Scottish Leaving Certificate Examination, 1952
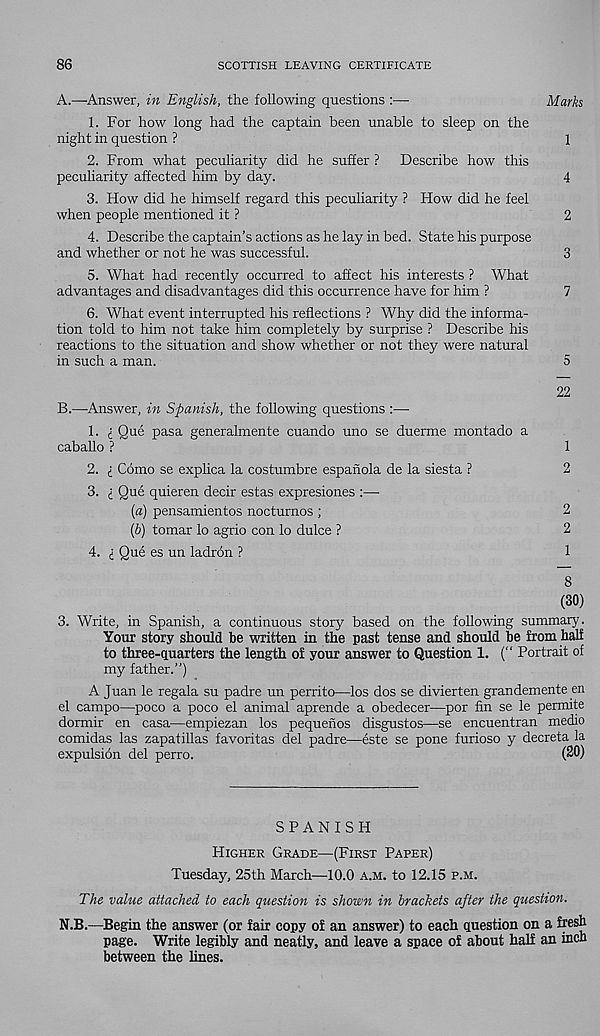
86
SCOTTISH LEAVING CERTIFICATE
A.—Answer, in English, the following questions :—
Marh
1. For how long had the captain been unable to sleep on the
night in question ?
1
2. From what peculiarity did he suffer ? Describe how this
peculiarity affected him by day.
4
3. How did he himself regard this peculiarity ? How did he feel
when people mentioned it ?
2
4. Describe the captain’s actions as he lay in bed. State his purpose
and whether or not he was successful.
3
5. What had recently occurred to affect his interests ? What
advantages and disadvantages did this occurrence have for him ?
7
6. What event interrupted Iris reflections ? Why did the informa-
tion told to him not take him completely by surprise ? Describe his
reactions to the situation and show whether or not they were natural
in such a man.
5
22
B.—Answer, in Spanish, the following questions :—
1. i Que pasa generalmente cuando uno se duerme montado a
caballo ?
1
2. i Como se explica la costumbre espanola de la siesta ?
2
3. (_ Que quieren deck estas expresiones :—
(а) pensamientos nocturnos ;
2
(б) tomar lo agrio con lo dulce ?
2
4. i Que es un ladron ?
1
8
(30)
3. Write, in Spanish, a continuous story based on the following summary.
Your story should be written in the past tense and should be from half
to three-quarters the length of your answer to Question 1. (“ Portrait of
my father.”)
A Juan le regala su padre un perrito—los dos se divierten grandemente en
el campo—poco a poco el animal aprende a obedecer—por fin se le permite
dormir en casa—empiezan los pequenos disgustos—se encuentran medio
comidas las zapatillas favoritas del padre—este se pone furioso y decreta la
expulsion del perro.
(20)
SPANISH
Higher Grade—(First Paper)
Tuesday, 25th March—10.0 a.m. to 12.15 p.m.
The value attached to each question is shown in brackets after the question.
N.B.—Begin the answer (or fair copy of an answer) to each question on a fresh
page. Write legibly and neatly, and leave a space of about half an inch
between the lines.